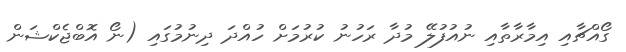
ގޯއްޗާއި އިމާރާތާއި ނުއުފުލޭ މުދާ ރަހުނު ކުރުމަށް ހުއްދަ ދިނުމުގައި (ނޯ އޮބްޖެކްޝަން